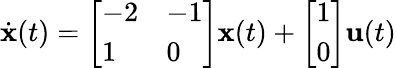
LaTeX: {\dot{\textbf{x}}}(t)={\left[\begin{array}{ll}{-2}&{-1}\\ {1}&{0}\end{array}\right]}{\textbf{x}}(t)+{\left[\begin{array}{l}{1}\\ {0}\end{array}\right]}{\textbf{u}}(t)